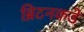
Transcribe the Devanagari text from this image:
ब्रिटनकडे